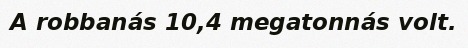
A robbanás 10,4 megatonnás volt.